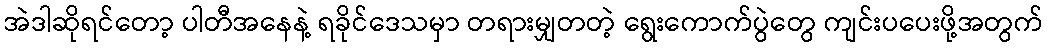
အဲဒါဆိုရင်တော့ ပါတီအနေနဲ့ ရခိုင်ဒေသမှာ တရားမျှတတဲ့ ရွေးကောက်ပွဲတွေ ကျင်းပပေးဖို့အတွက်